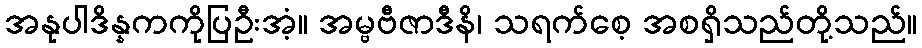
အနုပါဒိန္နကကိုပြဦးအံ့။ အမ္ဗဗီဇာဒီနိ၊ သရက်စေ့ အစရှိသည်တို့သည်။